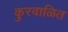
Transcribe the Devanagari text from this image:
कुरवाळित